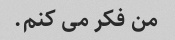
من فکر می کنم.